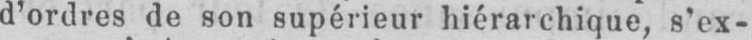
d’ordres de son supérieur hiérarchique, s’ex-